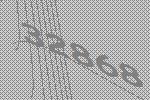
32868